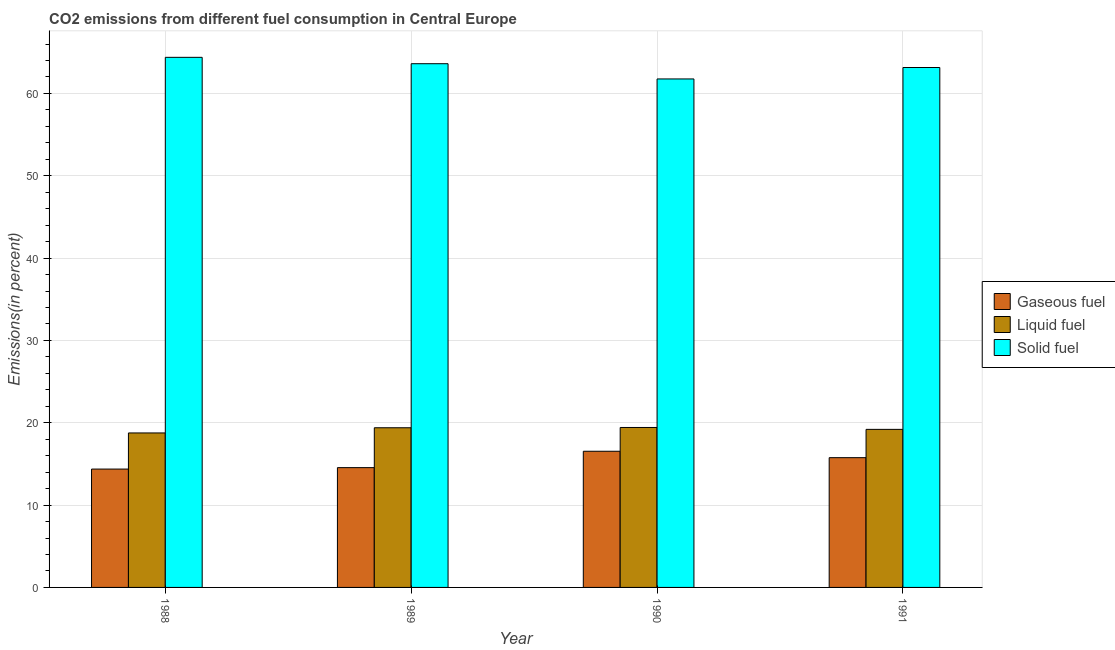
| Year | Gaseous fuel | Liquid fuel | Solid fuel |
 | --- | --- | --- | --- |
 | 1988 | 14.4 | 18.8 | 64.4 |
 | 1989 | 14.6 | 19.4 | 63.6 |
 | 1990 | 16.5 | 19.4 | 61.8 |
 | 1991 | 15.8 | 19.2 | 63.2 |